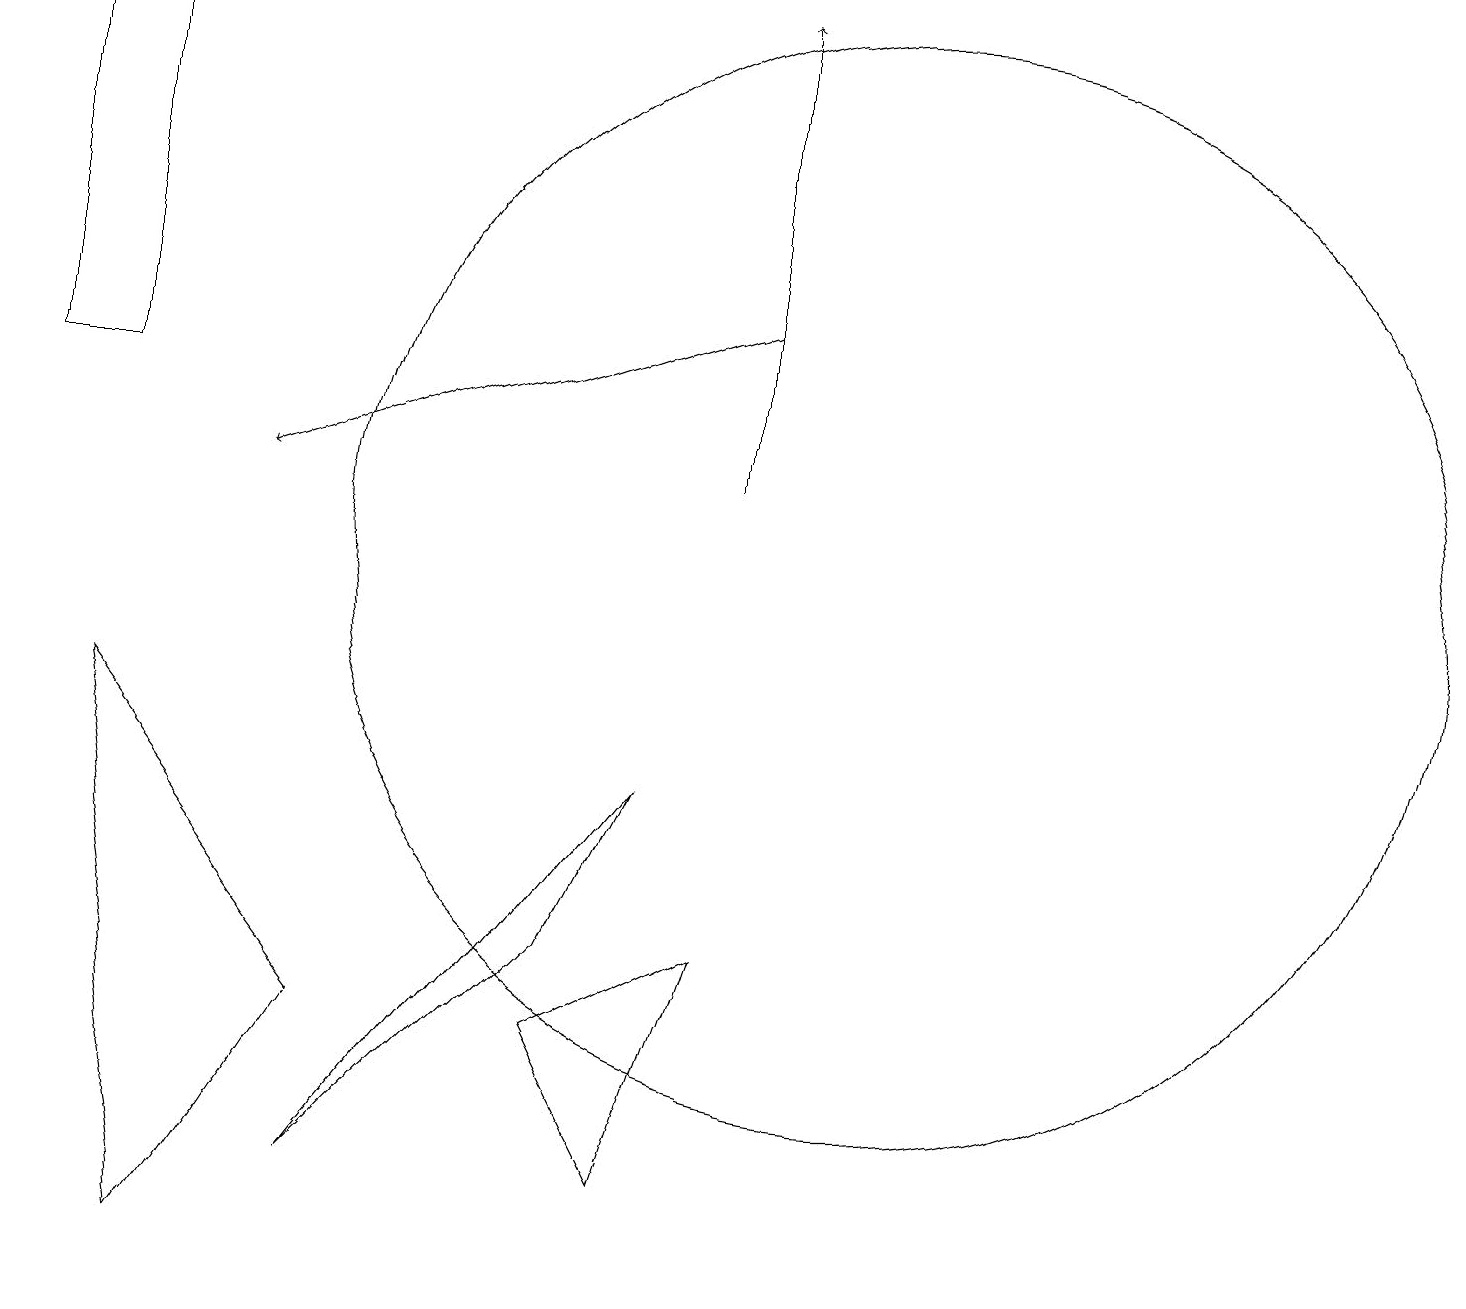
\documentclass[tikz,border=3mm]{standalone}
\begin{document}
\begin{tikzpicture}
\draw (2,1) -- (1,8) -- (4,4) -- cycle;
\draw[->] (9,13) -- (3,11);
\draw (8,7) -- (4,2) -- (7,5) -- cycle;
\draw[->] (9,11) -- (9,17);
\draw (1,17) rectangle (0,12);
\draw (10,11) circle (0);
\draw (11,10) circle (7);
\draw (9,5) -- (7,4) -- (8,2) -- cycle;
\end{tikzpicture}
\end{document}